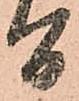
間